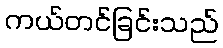
ကယ်တင်ခြင်းသည်